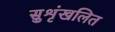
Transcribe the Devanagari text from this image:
सुशृंखलित